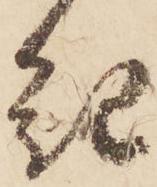
紀